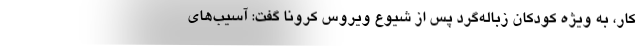
کار، به ویژه کودکان زباله‌گرد پس از شیوع ویروس کرونا گفت: آسیب‌های